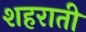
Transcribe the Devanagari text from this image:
शहराती